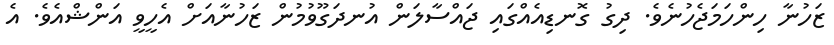
ޒަހުނާ ހިންހަމަޖެހުނެވެ. ދިގު ގޮނޑިއެއްގައި ޖައްސާލަން އުނދަގޫވުމުން ޒަހުނާއަށް އެހީވީ އަންޝްއެވެ. އެ